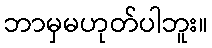
ဘာမှမဟုတ်ပါဘူး။